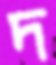
দ